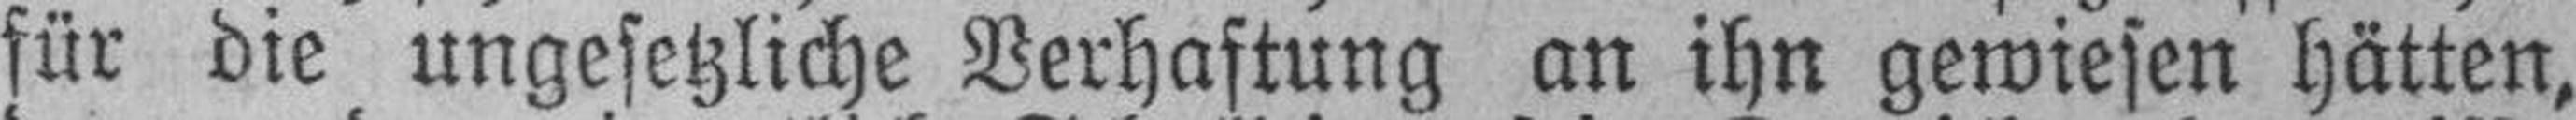
für die ungesetzliche Verhaftung an ihn gewiesen hätten,